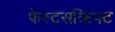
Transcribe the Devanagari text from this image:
फेस्टसक्रिफ्ट